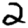
Digit: 2